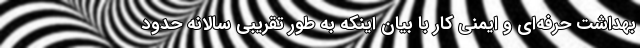
بهداشت حرفه‌ای و ایمنی کار با بیان اینکه به طور تقریبی سالانه حدود